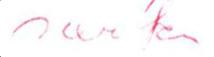
varten